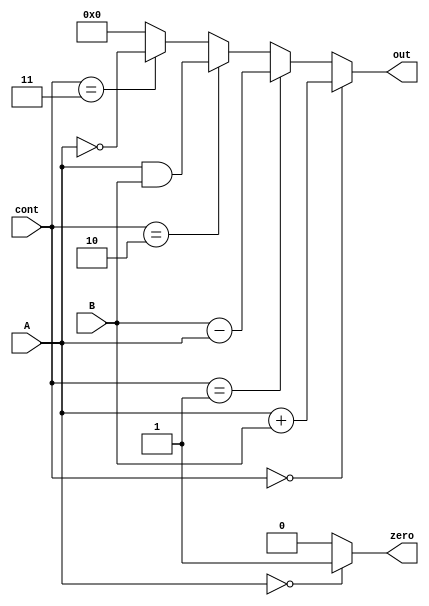
`timescale 1ns/1ns

module ALU(input [7:0] A, input [7:0] B, input [1:0] cont, output zero, output [7:0] out);

	assign zero = (A == 8'b00000000) ? 1'b1 : 1'b0;
	
	assign out = (cont == 2'b00) ? A + B :
			        (cont == 2'b01) ? B - A :
			        (cont == 2'b10) ? A & B :
			        (cont == 2'b11) ? ~A : 8'b00000000;
	
endmodule